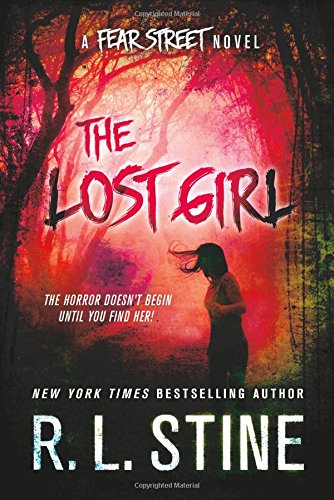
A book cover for The Lost Girl: A Fear Street Novel; R. L. Stine; Teen & Young Adult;